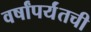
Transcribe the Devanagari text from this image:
वर्षांपर्यंतची